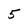
Character: 5